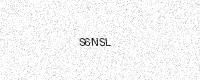
Text: S6NSL